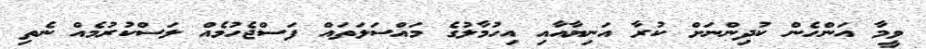
ވީމާ އަންހެން ކުދިންނަށް ކުރާ އަނިޔާއާއި އިހުމާލުގެ މައްސަލަތައް ފަސްޖެހުމެއް ލަސްކުރުމެއް ނެތި